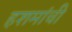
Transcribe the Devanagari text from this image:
हशमांची